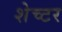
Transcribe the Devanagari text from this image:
शेच्टर